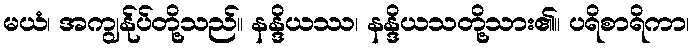
မယံ၊ အကျွန်ုပ်တို့သည်။ နန္ဒိယဿ၊ နန္ဒိယသတို့သား၏။ ပရိစာရိကာ၊